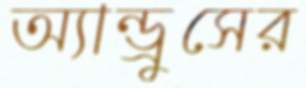
অ্যান্ড্রুসের